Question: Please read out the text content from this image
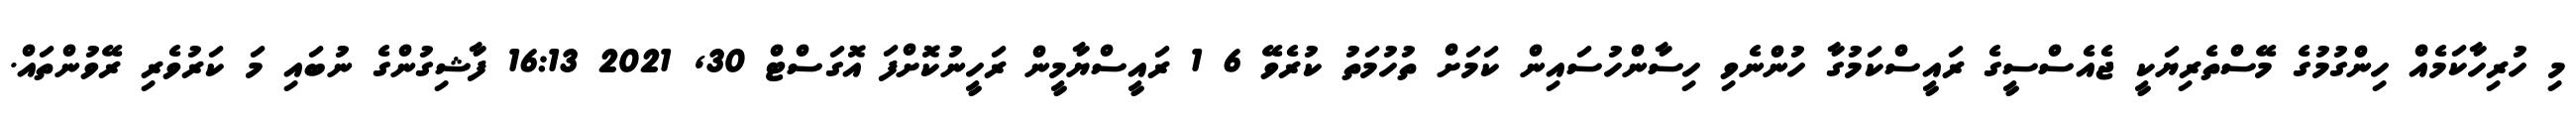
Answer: މި ހުރިހާކަމެއް ހިންގުމުގެ މޭސްތެރިޔަކީ ޖެއެސްސީގެ ރައީސްކަމުގާ ހުންނެވި ހިސާންހުސައިން ކަމަށް ތުހުމަތު ކުރެވޭ 6 1 ރައީސްޔާމީން ރަހީނުކޮށްފަ އޮގަސްޓް 30, 2021 16:13 ފާޝިގުންގެ ނުބައި މަ ކަރުވެރި ރޭވުންތައް.